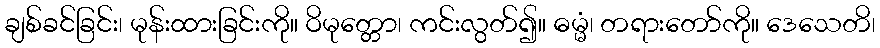
ချစ်ခင်ခြင်း၊ မုန်းထားခြင်းကို။ ဝိမုတ္တော၊ ကင်းလွတ်၍။ ဓမ္မံ၊ တရားတော်ကို။ ဒေသေတိ၊